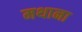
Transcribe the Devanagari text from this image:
मथाना